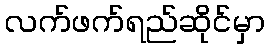
လက်ဖက်ရည်ဆိုင်မှာ